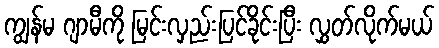
ကျွန်မ ဂျာမီကို မြင်းလှည်းပြင်ခိုင်းပြီး လွှတ်လိုက်မယ်